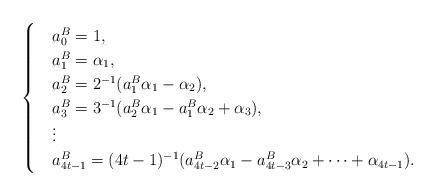
LaTeX: \begin{align*}\begin{cases}&a_0^B=1,\\&a_1^B=\alpha_1,\\&a_2^B=2^{-1}(a_1^B\alpha_1-\alpha_2),\\&a_3^B=3^{-1}(a_2^B\alpha_1-a_1^B\alpha_2+\alpha_3),\\&\vdots\\&a_{4t-1}^B=(4t-1)^{-1}(a_{4t-2}^B\alpha_1-a_{4t-3}^B\alpha_2+\cdots+\alpha_{4t-1}).\end{cases}\end{align*}